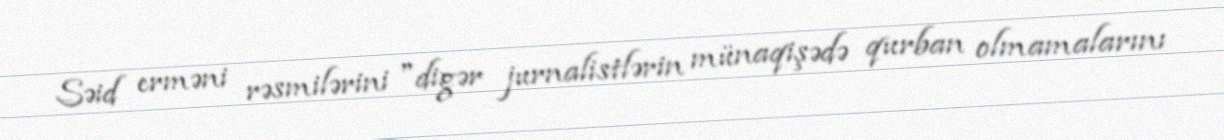
Səid erməni rəsmilərini "digər jurnalistlərin münaqişədə qurban olmamalarını